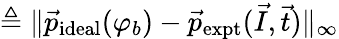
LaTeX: \triangleq\lVert\vec{p}_{\mathrm{ideal}}(\varphi_{b})-\vec{p}_{\mathrm{expt}}(\vec{I},\vec{t})\rVert_{\infty}